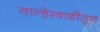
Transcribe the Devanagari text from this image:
साल्हेरवाडीतून